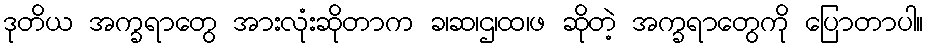
ဒုတိယ အက္ခရာတွေ အားလုံးဆိုတာက ခ၊ဆ၊ဌ၊ထ၊ဖ ဆိုတဲ့ အက္ခရာတွေကို ပြောတာပါ။